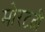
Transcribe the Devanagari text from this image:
मोरटती